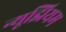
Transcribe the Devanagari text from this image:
न्यूझियम